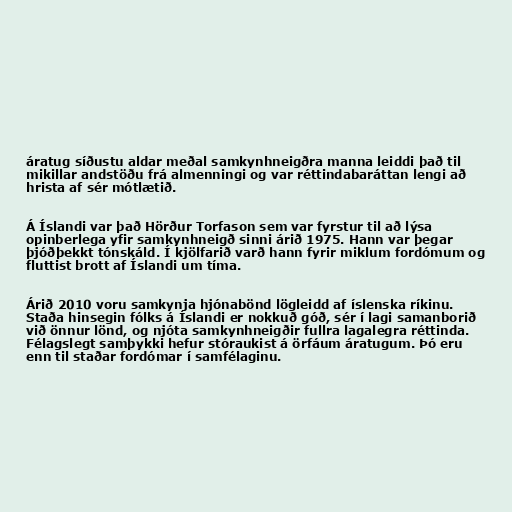
áratug síðustu aldar meðal samkynhneigðra manna leiddi það til
mikillar andstöðu frá almenningi og var réttindabaráttan lengi að
hrista af sér mótlætið.

Á Íslandi var það Hörður Torfason sem var fyrstur til að lýsa
opinberlega yfir samkynhneigð sinni árið 1975. Hann var þegar
þjóðþekkt tónskáld. Í kjölfarið varð hann fyrir miklum fordómum og
fluttist brott af Íslandi um tíma.

Árið 2010 voru samkynja hjónabönd lögleidd af íslenska ríkinu.
Staða hinsegin fólks á Íslandi er nokkuð góð, sér í lagi samanborið
við önnur lönd, og njóta samkynhneigðir fullra lagalegra réttinda.
Félagslegt samþykki hefur stóraukist á örfáum áratugum. Þó eru
enn til staðar fordómar í samfélaginu.